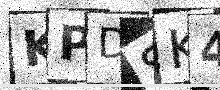
Text: KPDSK4